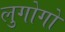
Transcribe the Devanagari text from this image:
लुगोगो